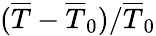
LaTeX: (\overline{{T}}-\overline{{T}}_{0})/\overline{{T}}_{0}